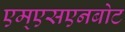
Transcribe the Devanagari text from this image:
एम्एसएनबोट